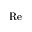
\mathrm { R e }